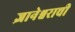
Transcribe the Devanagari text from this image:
ज्ञानेश्वराची